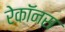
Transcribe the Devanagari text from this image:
रेकॉनस